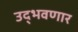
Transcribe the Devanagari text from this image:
उद्‌भवणार